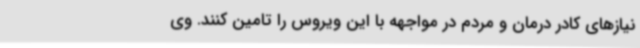
نیازهای کادر درمان و مردم در مواجهه با این ویروس را تامین کنند. وی